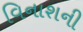
વિનાશની